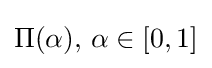
\Pi (\alpha ),\,\alpha \in [0,1]